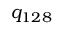
q _ { 1 2 8 }